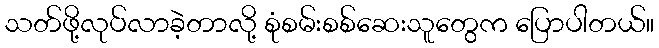
သတ်ဖို့လုပ်လာခဲ့တာလို့ စုံစမ်းစစ်ဆေးသူတွေက ပြောပါတယ်။